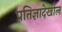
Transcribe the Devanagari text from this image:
प्रतिज्ञादेखील